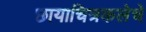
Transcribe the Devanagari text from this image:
छायाचित्रकलेचे